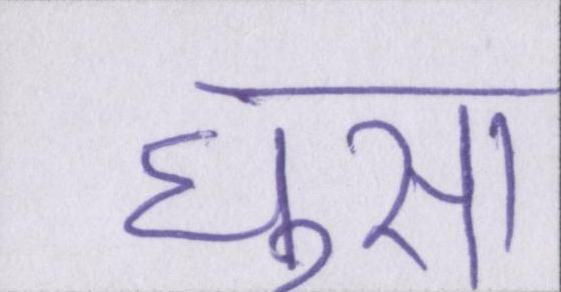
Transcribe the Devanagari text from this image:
घुसा